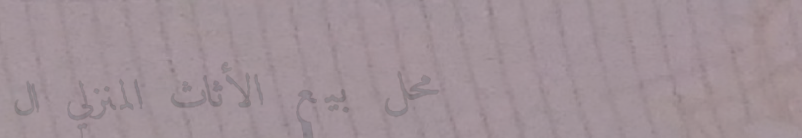
محل بيع الأثاث المنزلي ال